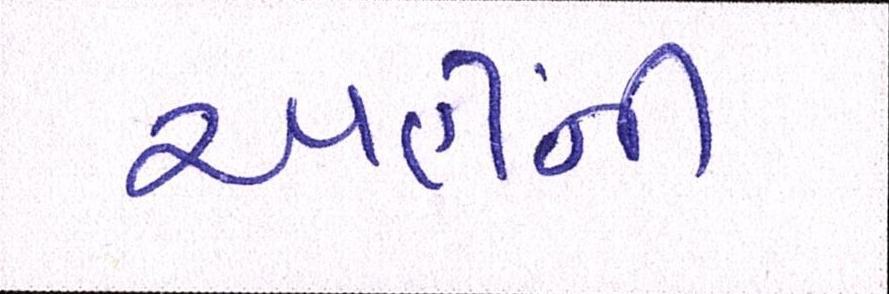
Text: અહીંની